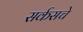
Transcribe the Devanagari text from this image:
सर्कसचे